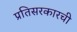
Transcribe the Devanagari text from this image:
प्रतिसरकारची